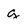
Character: g